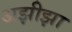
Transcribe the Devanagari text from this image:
अझीझा